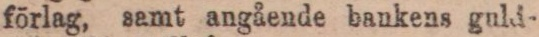
förlag, samt angående bankens guld-